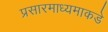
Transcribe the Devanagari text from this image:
प्रसारमाध्यमाकडे